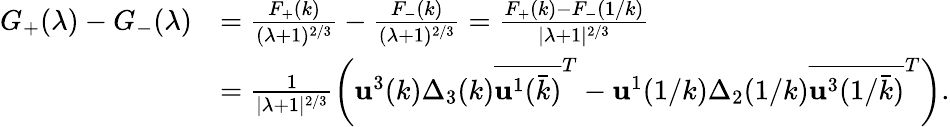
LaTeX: \begin{array}{rl}{G_{+}(\lambda)-G_{-}(\lambda)}&{=\frac{F_{+}(k)}{(\lambda+1)^{2/3}}-\frac{F_{-}(k)}{(\lambda+1)^{2/3}}=\frac{F_{+}(k)-F_{-}(1/k)}{|\lambda+1|^{2/3}}}\\ &{=\frac{1}{|\lambda+1|^{2/3}}\bigg(\mathbf{u}^{3}(k)\Delta_{3}(k)\overline{{\mathbf{u}^{1}(\bar{k})}}^{T}-\mathbf{u}^{1}(1/k)\Delta_{2}(1/k)\overline{{\mathbf{u}^{3}(1/\bar{k})}}^{T}\bigg).}\end{array}